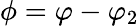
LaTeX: \phi=\varphi-\varphi_{2}